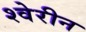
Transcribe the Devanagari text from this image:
श्वेरीन